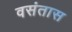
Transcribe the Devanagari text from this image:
वसंतास